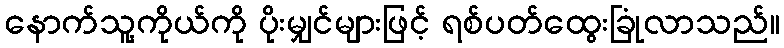
နောက်သူ့ကိုယ်ကို ပိုးမျှင်များဖြင့် ရစ်ပတ်ထွေးခြုံလာသည်။